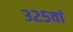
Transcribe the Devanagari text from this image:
३२५वां